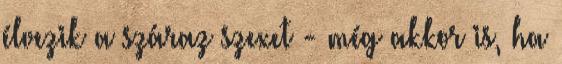
élvezik a száraz szexet - még akkor is, ha